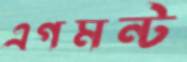
এগমন্ট